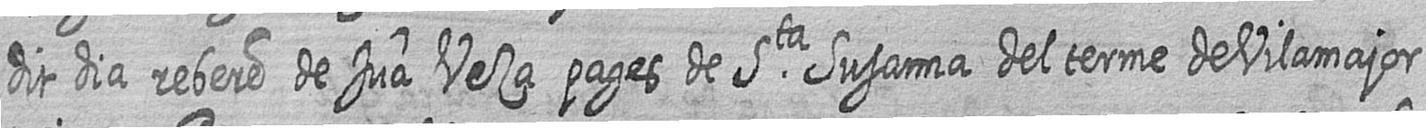
dit dia rebere de Jua Veza pages de Sta Susanna del terme de Vilamajor